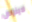
لاينوس